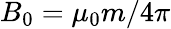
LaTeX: B_{0}=\mu_{0}m/4\pi